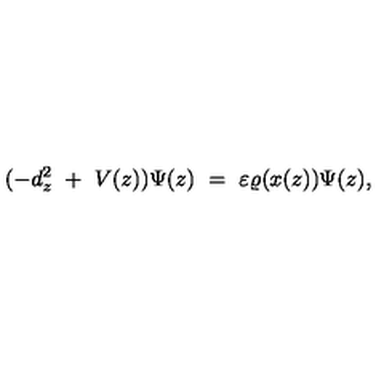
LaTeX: ( - d _ { z } ^ { 2 } \ + \ V ( z ) ) \Psi ( z ) \ = \ \varepsilon \varrho ( x ( z ) ) \Psi ( z ) ,